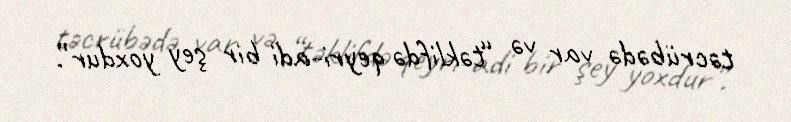
təcrübədə var və “təklifdə qeyri-adi bir şey yoxdur”.